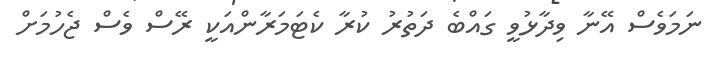
ނަމަވެސް އޭނާ ވިދާޅުވީ ގައްބެ ދަތުރު ކުރާ ކެޓަމަރާންއަކީ ރޭސް ވެސް ޖެހުމަށް